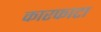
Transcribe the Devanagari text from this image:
कारफाटा